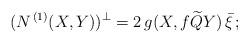
LaTeX: \begin{align*} (N^{\,(1)}(X,Y))^\bot = 2\,g(X, f\widetilde{Q} Y)\,\bar\xi \,;\end{align*}